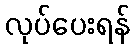
လုပ်ပေးရန်